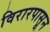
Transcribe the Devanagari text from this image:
विरारपासून